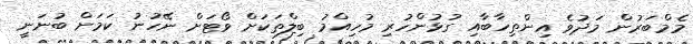
މެމްބަރުން މަދުވެ އިންތިހާބާއި ގުޅުންހުރި މުހިއްމު ބިލްތަކަށް ވޯޓަށް ނޭހުނު ކަމަށް ބުނަނީ